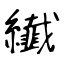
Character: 纎